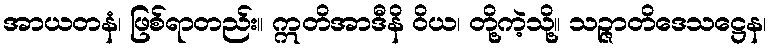
အာယတနံ၊ ဖြစ်ရာတည်း။ ဣတိအာဒီနိ ဝိယ၊ တို့ကဲ့သို့။ သဉ္ဇာတိဒေသဋ္ဌေန၊